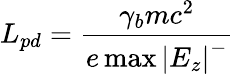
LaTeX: L_{pd}=\frac{\gamma_{b}mc^{2}}{e\operatorname*{max}\left|E_{z}\right|^{-}}